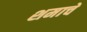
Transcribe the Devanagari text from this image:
शमाचे